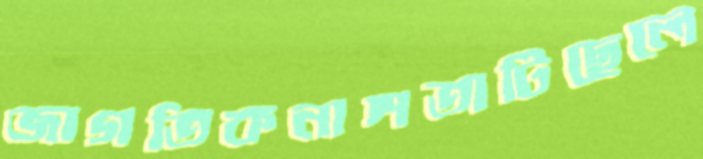
জাগতিকনাশতাটিছেলে